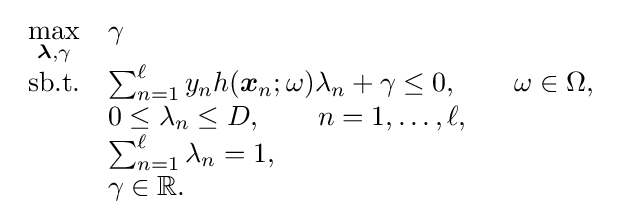
{\begin{array}{cl}{\underset {{\boldsymbol {\lambda }},\gamma }{\max }}&\gamma \\{\textrm {sb.t.}}&\sum _{n=1}^{\ell }y_{n}h({\boldsymbol {x}}_{n};\omega )\lambda _{n}+\gamma \leq 0,\qquad \omega \in \Omega ,\\&0\leq \lambda _{n}\leq D,\qquad n=1,\dots ,\ell ,\\&\sum _{n=1}^{\ell }\lambda _{n}=1,\\&\gamma \in \mathbb {R} .\end{array}}